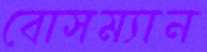
বোসম্যান